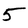
Character: 5